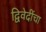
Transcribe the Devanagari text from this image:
द्विवेदींचा